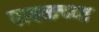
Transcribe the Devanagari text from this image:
पाबळच्या